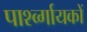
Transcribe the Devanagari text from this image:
पार्श्व्गायकों